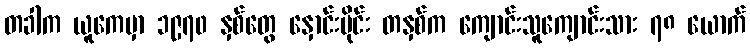
တခါက ယူကေမှာ ၁၉၇၀ နှစ်တွေ နှောင်းပိုင်း တနှစ်က ကျောင်းသူကျောင်းသား ၇၈ ယောက်